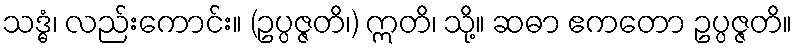
သဒ္ဓံ၊ လည်းကောင်း။ (ဥပ္ပဇ္ဇတိ၊) ဣတိ၊ သို့။ ဆဓာ ဧကတော ဥပ္ပဇ္ဇတိ။